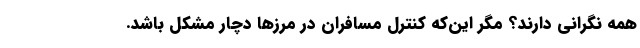
همه نگرانی دارند؟ مگر این‌که کنترل مسافران در مرزها دچار مشکل باشد.